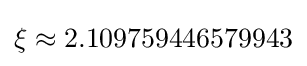
\xi \approx 2.109759446579943